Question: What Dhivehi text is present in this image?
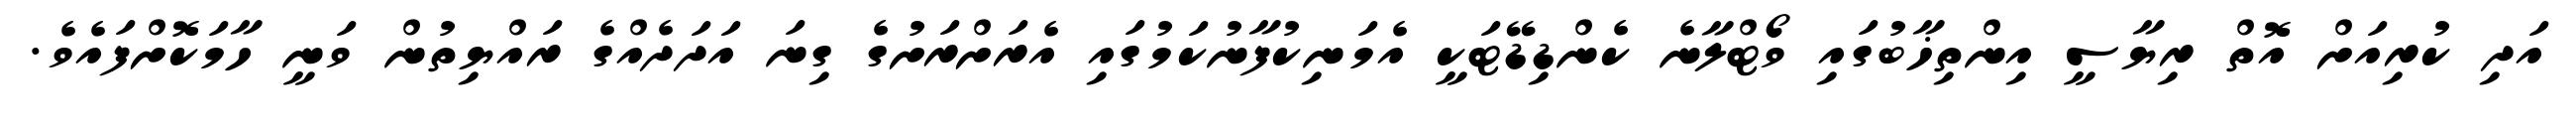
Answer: އަދި ކުރިއަށް އޮތް ރިޔާސީ އިންތިޚާބުގައި ވޯޓްލާނެ ކެންޑިޑޭޓަކީ އެމަނިކުފާނުކަމުގައި އެރަށްރަށުގެ ގިނަ އަދަދެއްގެ ރައްޔިތުން ވަނީ ހާމަކޮށްފައެވެ.